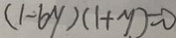
( 1 - 6 y ) ( 1 + y ) = 0